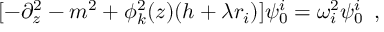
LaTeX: [ - \partial _ { z } ^ { 2 } - m ^ { 2 } + \phi _ { k } ^ { 2 } ( z ) ( h + \lambda r _ { i } ) ] \psi _ { 0 } ^ { i } = \omega _ { i } ^ { 2 } \psi _ { 0 } ^ { i } \, \ ,